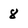
Character: 8